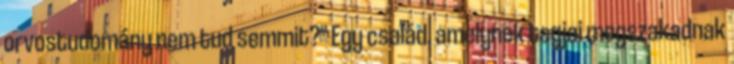
orvostudomány nem tud semmit?" Egy család, amelynek tagjai megszakadnak